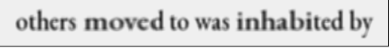
others moved to was inhabited by